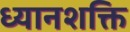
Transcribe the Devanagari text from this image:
ध्यानशक्ति